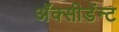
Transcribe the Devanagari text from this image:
अॅक्सीडेंन्ट